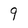
Character: 9